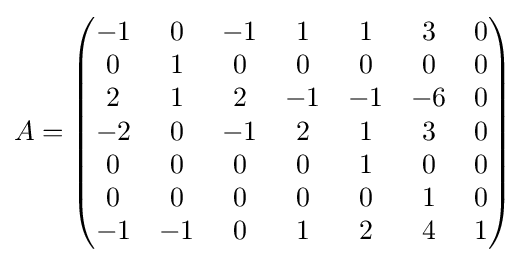
A={\begin{pmatrix}-1&0&-1&1&1&3&0\\0&1&0&0&0&0&0\\2&1&2&-1&-1&-6&0\\-2&0&-1&2&1&3&0\\0&0&0&0&1&0&0\\0&0&0&0&0&1&0\\-1&-1&0&1&2&4&1\end{pmatrix}}